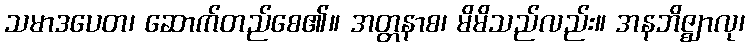
သမာဒပေတ၊ ဆောက်တည်စေ၏။ အတ္တနာစ၊ မိမိသည်လည်း။ အနဘိဇ္ဈာလု၊